Calcutta medical institutions reports 1892-1900
Year: 1892
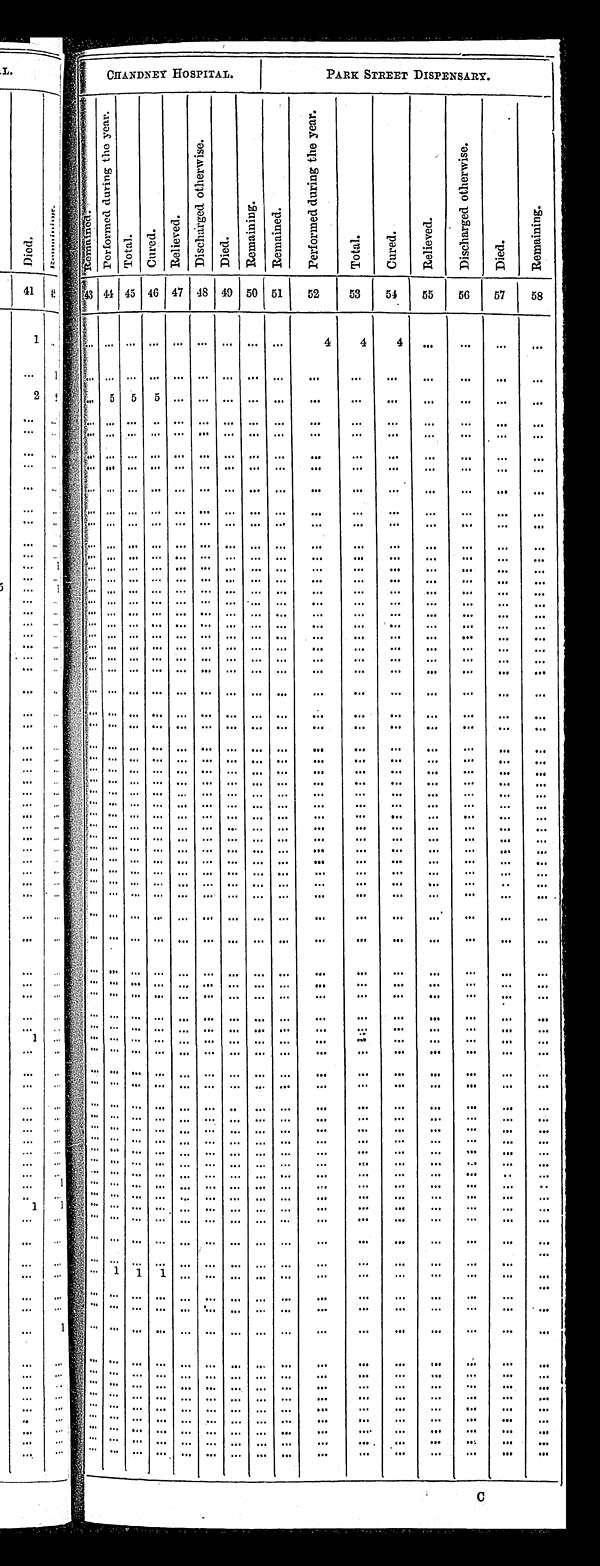
CHANDNEY HOSPITAL.
PARK STREET DISPENSARY.
. . •
. . , s1 R e m a i n e d .
P e r f o r m e d d u r i n g t h e y e a r .
T o t a l . C u r e d .
R e l e i v e d .
D i s c h a r g e d o t h e r w i s e .
D i e d .
R e m a i n i n g . R e m a i n e d .
P e r f o r m e d d u r i n g t h e y e a r .
T o t a l .
C u r e d . R e l e i v e d .
D i s c h a r g e d o t h e r w i s e .
D i e d .
R e m a i n i n g .
43 44 45 46 47 4 8 49 50 51 52 53 5 4 5 5 5 6 57 58
'
4 4 4
5 5 5
1 1 1